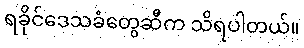
ရခိုင်ဒေသခံတွေဆီက သိရပါတယ်။